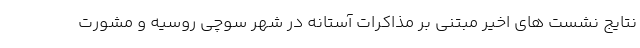
نتایج نشست های اخیر مبتنی بر مذاکرات آستانه در شهر سوچی روسیه و مشورت